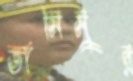
তামিমুর